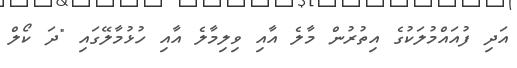
އަދި ފުއައްމުލަކުގެ އިތުރުން މާލެ އާއި ވިލިމާލެ އާއި ހުޅުމާލޭގައި "ދަ ކޯލް